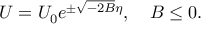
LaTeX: U = U _ { 0 } e ^ { \pm \sqrt { - 2 B } \eta } , \quad B \le 0 .